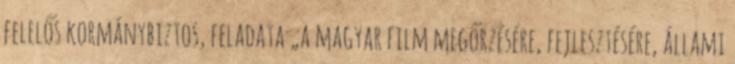
felelős kormánybiztos, feladata „a magyar film megőrzésére, fejlesztésére, állami